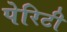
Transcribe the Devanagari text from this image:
पेरिटी